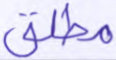
مطلق